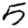
Digit: 5